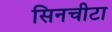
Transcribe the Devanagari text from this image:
सिनचीटा